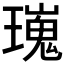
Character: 𤩫